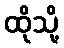
ထိုသို့